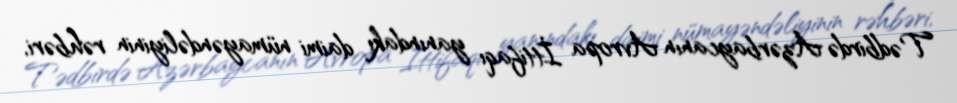
Tədbirdə Azərbaycanın Avropa İttifaqı yanındakı daimi nümayəndəliyinin rəhbəri,